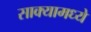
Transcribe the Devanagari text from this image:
साक्यामध्ये